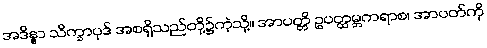
အဒိန္နာ သိက္ခာပုဒ် အစရှိသည်တို့၌ကဲ့သို့။ အာပတ္တိ ဥပတ္ထမ္ဘကရာစ၊ အာပတ်ကို